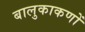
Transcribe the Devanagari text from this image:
बालुकाकणों